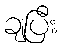
ချပြီး